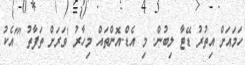
ހަމައަށް އިތުރު ޑޭޓާ ލިބުން. މި އެޑް-އޮންތައް މިހާރު 'ވަރަށް ތަފާތު "'އެކު